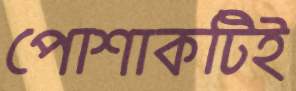
পোশাকটিই